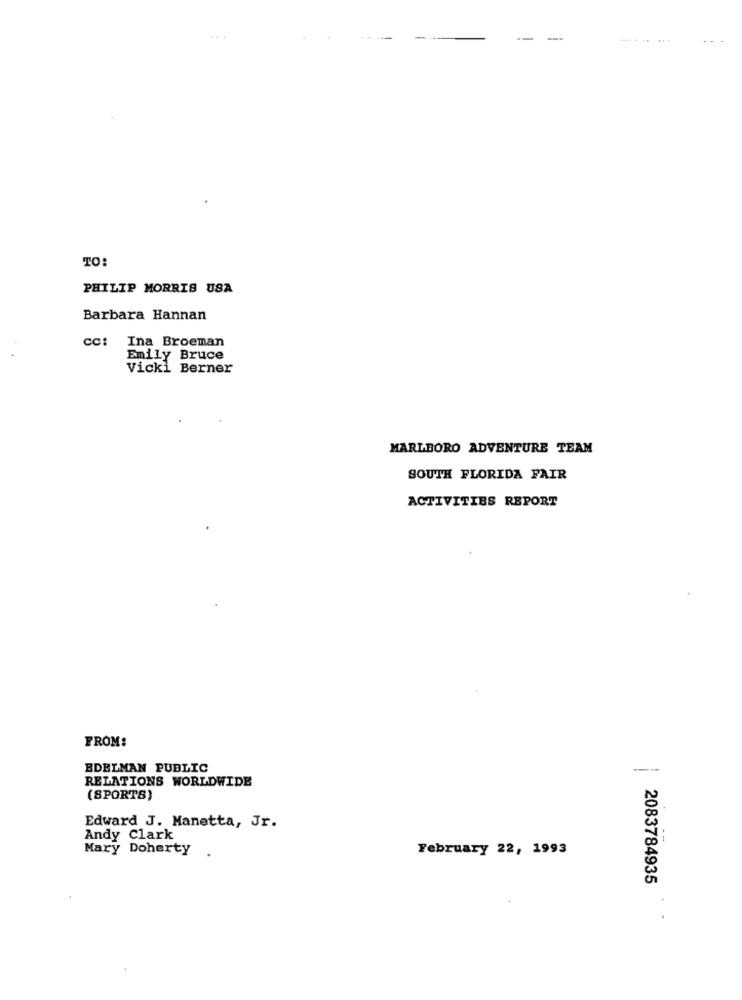
TO:
PHILIP MORRIS USA
Barbara Hannan
CC:
Ina Broeman
Emily Bruce
Vicki Berner
MARLBORO ADVENTURE TEAM
SOUTH FLORIDA FAIR
ACTIVITIES REPORT
FROM:
EDELMAN PUBLIC
RELATIONS WORLDWIDE
(SPORTS)
Edward J. Manetta, Jr.
Andy Clark
Mary Doherty
February 22, 1993
2083784935